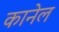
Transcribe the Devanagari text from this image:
कानेल